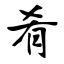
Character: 肴